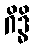
ဂိဒ္ဓိ